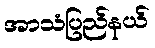
အာသံပြည်နယ်